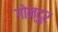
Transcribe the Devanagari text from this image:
गोन्दुर